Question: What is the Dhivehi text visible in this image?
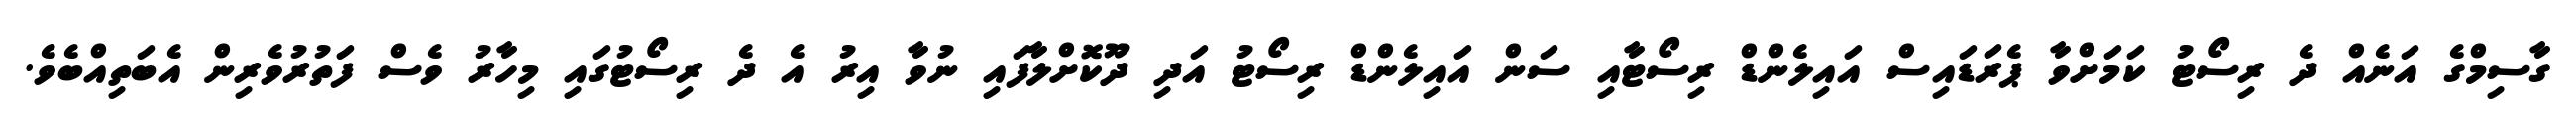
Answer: ގާސިމްގެ އަނެއް ދެ ރިސޯޓު ކަމަށްވާ ޕެރަޑައިސް އައިލެންޑް ރިސޯޓާއި ސަން އައިލެންޑް ރިސޯޓު އަދި ދޫކޮށްލާފައި ނުވާ އިރު އެ ދެ ރިސޯޓުގައި މިހާރު ވެސް ފަތުރުވެރިން އެބަތިއްބެވެ.